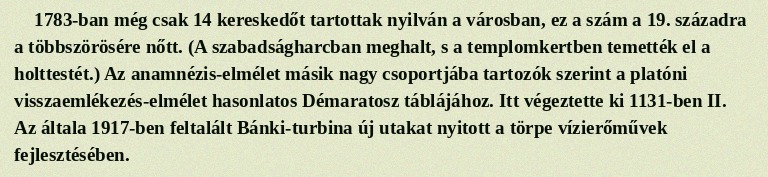
1783-ban még csak 14 kereskedőt tartottak nyilván a városban, ez a szám a 19. századra a többszörösére nőtt. (A szabadságharcban meghalt, s a templomkertben temették el a holttestét.) Az anamnézis-elmélet másik nagy csoportjába tartozók szerint a platóni visszaemlékezés-elmélet hasonlatos Démaratosz táblájához. Itt végeztette ki 1131-ben II. Az általa 1917-ben feltalált Bánki-turbina új utakat nyitott a törpe vízierőművek fejlesztésében.